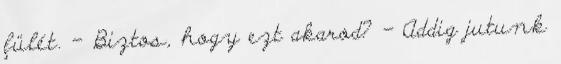
fülét. – Biztos, hogy ezt akarod? - Addig jutunk